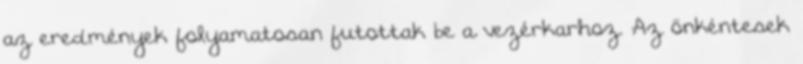
az eredmények folyamatosan futottak be a vezérkarhoz. Az önkéntesek